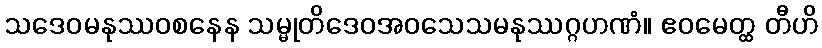
သဒေဝမနုဿဝစနေန သမ္မုတိဒေဝအဝသေသမနုဿဂ္ဂဟဏံ။ ဧဝမေတ္ထ တီဟိ